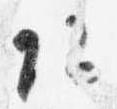
頭